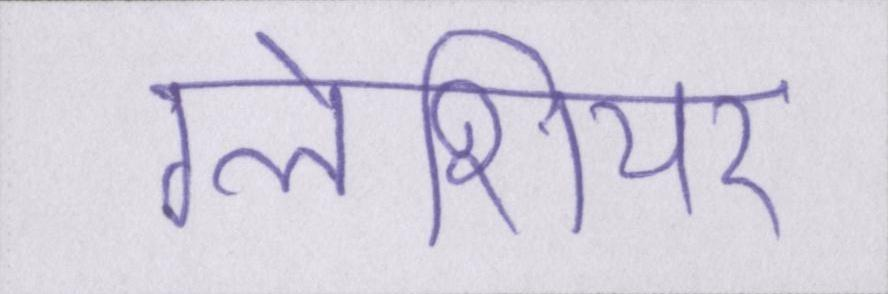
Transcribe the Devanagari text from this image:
ग्लेशियर